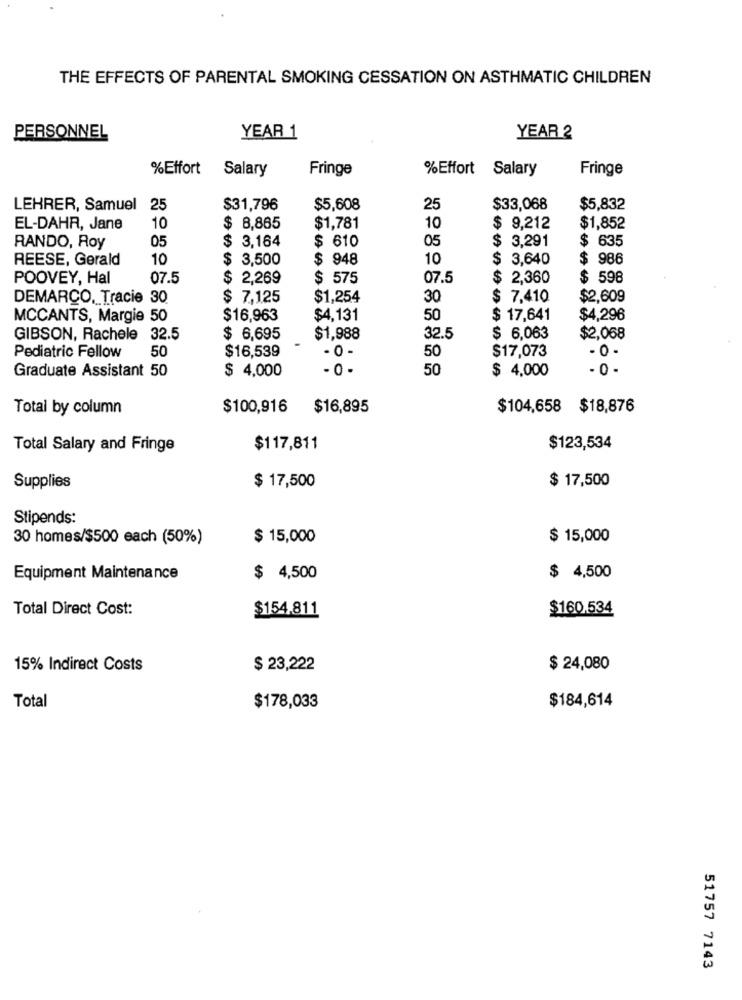
THE EFFECTS OF PARENTAL SMOKING CESSATION ON ASTHMATIC CHILDREN
PERSONNEL
YEAR 1
YEAR 2
%Effort Salary
Fringe
%Effort Salary
Fringe
LEHRER, Samuel 25
$31,796
$5,608
25
$33,068
$5,832
EL-DAHA, Jane
10
$ 8,865
$1,781
10
$ 9,212
$1,852
05
$ 3,164
05
$
3,291
$ 635
RANDO, Roy
$ 610
REESE, Gerald
10
$ 3,500
$ 948
10
$ 3,640
$ 986
POOVEY, Hal
07.5
$ 2,269
$ 575
07.5
$ 2,360
$ 598
DEMARCO, Tracie 30
$ 7,125
$1,254
30
$ 7,410
$2,609
MCCANTS, Margie 50
$16,963
$4,131
50
$ 17,641
$4,296
GIBSON, Rachele 32.5
$ 6,695
$1,988
32.5
$ 6,063
$2,068
50
$16,539
- 0 -
$17,073
- 0 -
Pediatric Fellow
50
Graduate Assistant 50
$ 4,000
- 0 -
50
$ 4,000
- 0 -
Total by column
$100,916
$16,895
$104,658 $18,876
Total Salary and Fringe
$117,811
$123,534
$ 17,500
Supplies
$ 17,500
Stipends:
30 homes/$500 each (50%)
$ 15,000
$ 15,000
Equipment Maintenance
$ 4,500
$ 4,500
Total Direct Cost:
$154.811
$160.534
15% Indirect Costs
$ 23,222
$ 24,080
$184,614
Total
$178,033
51757 7143